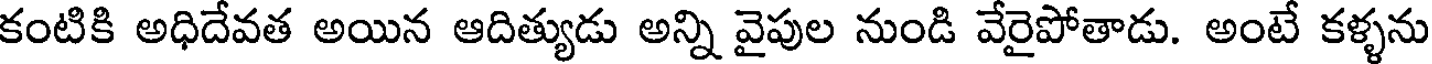
కంటికి అధిదేవత అయిన ఆదిత్యుడు అన్ని వైపుల నుండి వేరైపోతాడు. అంటే కళ్ళను